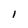
Character: 1